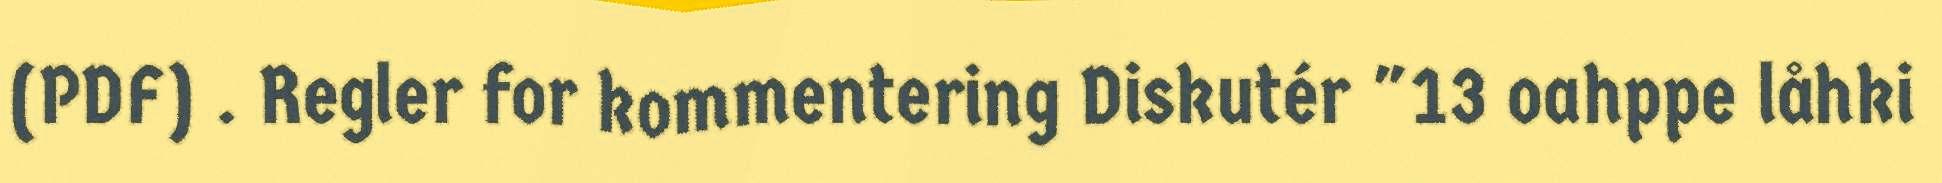
(PDF) . Regler for kommentering Diskutér "13 oahppe låhki